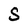
Character: S